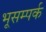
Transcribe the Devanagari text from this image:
भूसम्पर्क